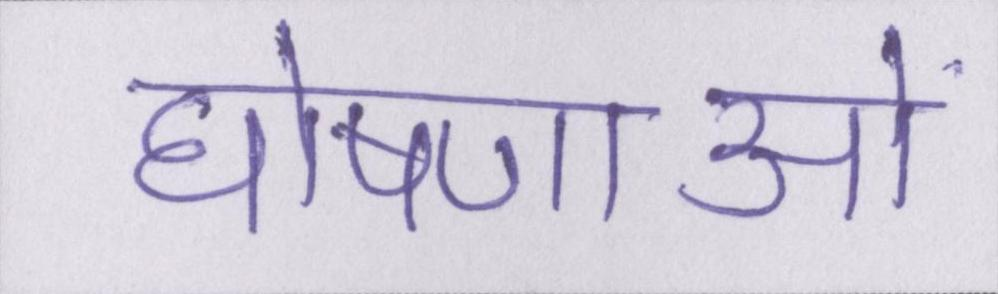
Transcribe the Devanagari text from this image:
घोषणाओं